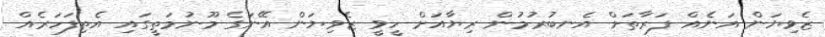
ޒެވިޔަން އަނެއް ފަރާތަށް އެނބުރުމުން ރިޔާއަށް ހީވީ ޒެވިޔަން އޭނަގެ މޫނުމަތީގައި އެތިފަހަރެއް